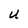
Character: U